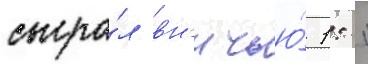
сыгра́л вн'ичью́ 1: 1